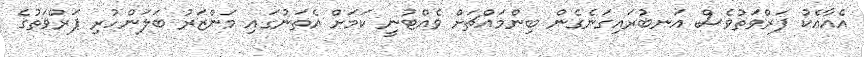
އެއާއެކު ޕަރްވަތުވެސް އަނބުރައިގަނެގެން ބިންމައްޗަށް ވެއްޓުނީ ކަމަށް އެތަނުގައި މަންޒަރު ބަލަންހުރި ޕަރްވަތުގެ